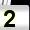
Digit: 2